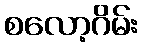
စလော့ဂိမ်း